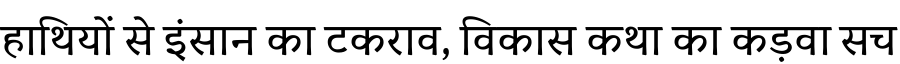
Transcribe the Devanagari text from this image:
हाथियों से इंसान का टकराव, विकास कथा का कड़वा सच